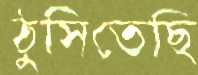
ঠুসিতেছি